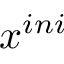
\boldsymbol { x } ^ { i n i }